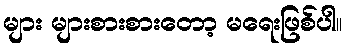
များ များစားစားတော့ မရေးဖြစ်ပါ။